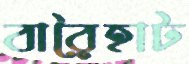
বারৈহাট